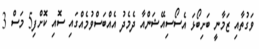
ވަގުތާއި ޒަމާނީ ބަށިބޯޅަ އެސޯސިއޭޝަންއާ ދެމެދު އެއްބަސްވުމެއްގައި ސޮއި ކޮށްފި5 މަސް 3